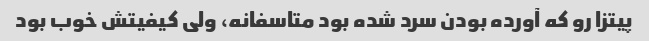
پیتزا رو که آورده بودن سرد شده بود متاسفانه، ولی کیفیتش خوب بود